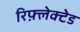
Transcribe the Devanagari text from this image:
रिफ़्लेक्टेड